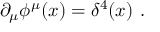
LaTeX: \partial _ { \mu } \phi ^ { \mu } ( x ) = \delta ^ { 4 } ( x ) \ .